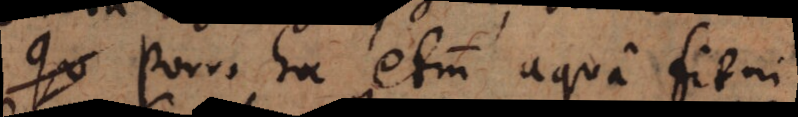
Porro hoc etiam aqua fit in